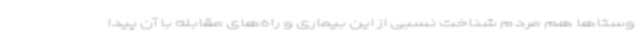
وستاها هم مردم شناخت نسبی از این بیماری و راه‌های مقابله با آن پیدا